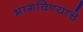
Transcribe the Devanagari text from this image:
भागविण्याचे